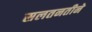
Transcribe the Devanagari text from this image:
सलतनतीने